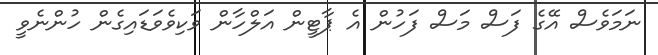
ނަމަވެސް އޭގެ ފަސް މަސް ފަހުން އެ ޕާޓީން އަލްހާން ވަކިވެވަޑައިގެން ހުންނެވީ